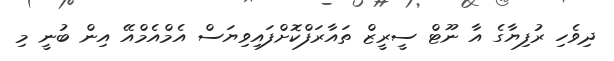
ދިވެހި ރުފިޔާގެ އާ ނޫޓް ސީރީޒް ތައާރަފްކޮށްފައިވިޔަސް އެމްއެމްއޭ އިން ބުނީ މި